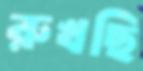
রুখছি